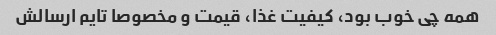
همه چی خوب بود، کیفیت غذا، قیمت و مخصوصا تایم ارسالش